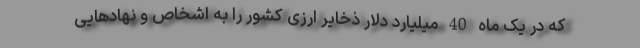
که در یک ماه 40 میلیارد دلار ذخایر ارزی کشور را به اشخاص و نهادهایی